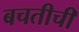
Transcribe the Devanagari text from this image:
बचतीची